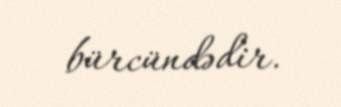
bürcündədir.